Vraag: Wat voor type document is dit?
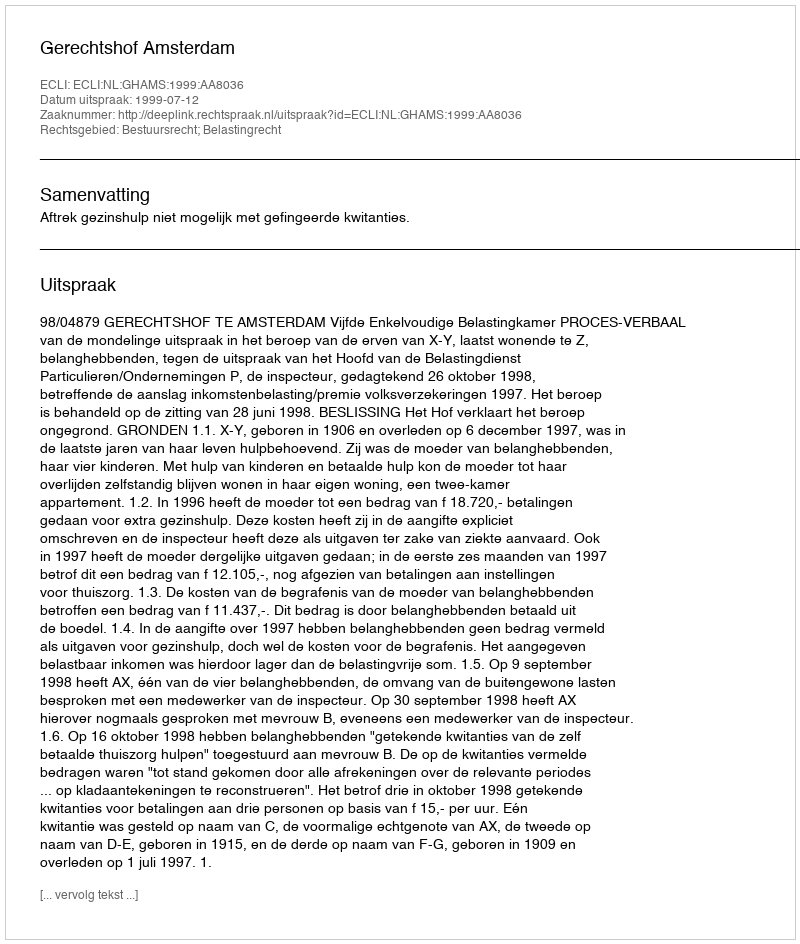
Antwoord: Uitspraak